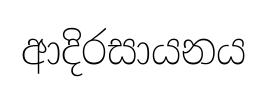
ආදිරසායනය